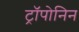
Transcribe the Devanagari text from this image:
ट्रॉपोनिन